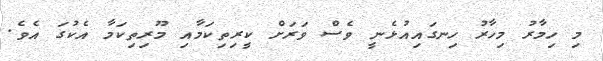
މި ހިމާރު މިހާރު ހިނގައިއުޅެނީ ވެސް ވަރަށް ކީރިތިކަމާއި މޫރިތިކަމާ އެކުގަ އެވެ.